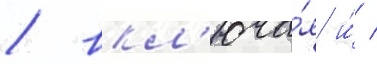
/ вкл'юча́я и́ /